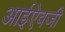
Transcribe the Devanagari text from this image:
आईऐवजी